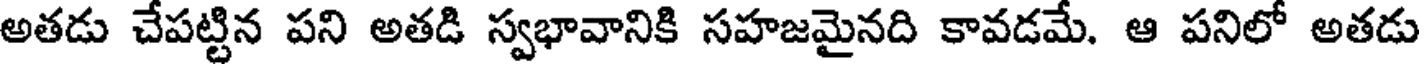
అతడు చేపట్టిన పని అతడి స్వభావానికి సహజమైనది కావడమే. ఆ పనిలో అతడు